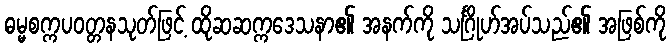
ဓမ္မစက္ကပဝတ္တနသုတ်ဖြင့် ထိုဆဆက္ကဒေသနာ၏ အနက်ကို သင်္ဂြိုဟ်အပ်သည်၏ အဖြစ်ကို